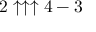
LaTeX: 2 \uparrow \uparrow \uparrow 4 - 3